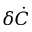
\delta \dot { C }